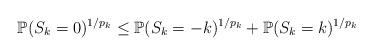
LaTeX: \begin{align*}\mathbb{P}(S_k=0)^{1/p_k} \leq \mathbb{P}(S_k=-k)^{1/p_k} + \mathbb{P}(S_k=k)^{1/p_k}\end{align*}